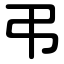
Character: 弔